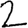
Digit: 2